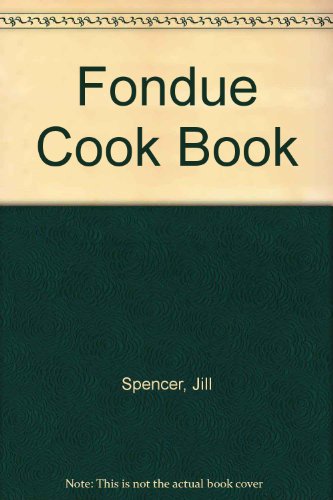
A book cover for Fondue Cook Book; Jill Spencer; Cookbooks, Food & Wine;